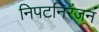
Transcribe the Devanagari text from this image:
निपटनिरंजन